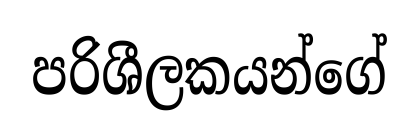
පරිශීලකයන්ගේ